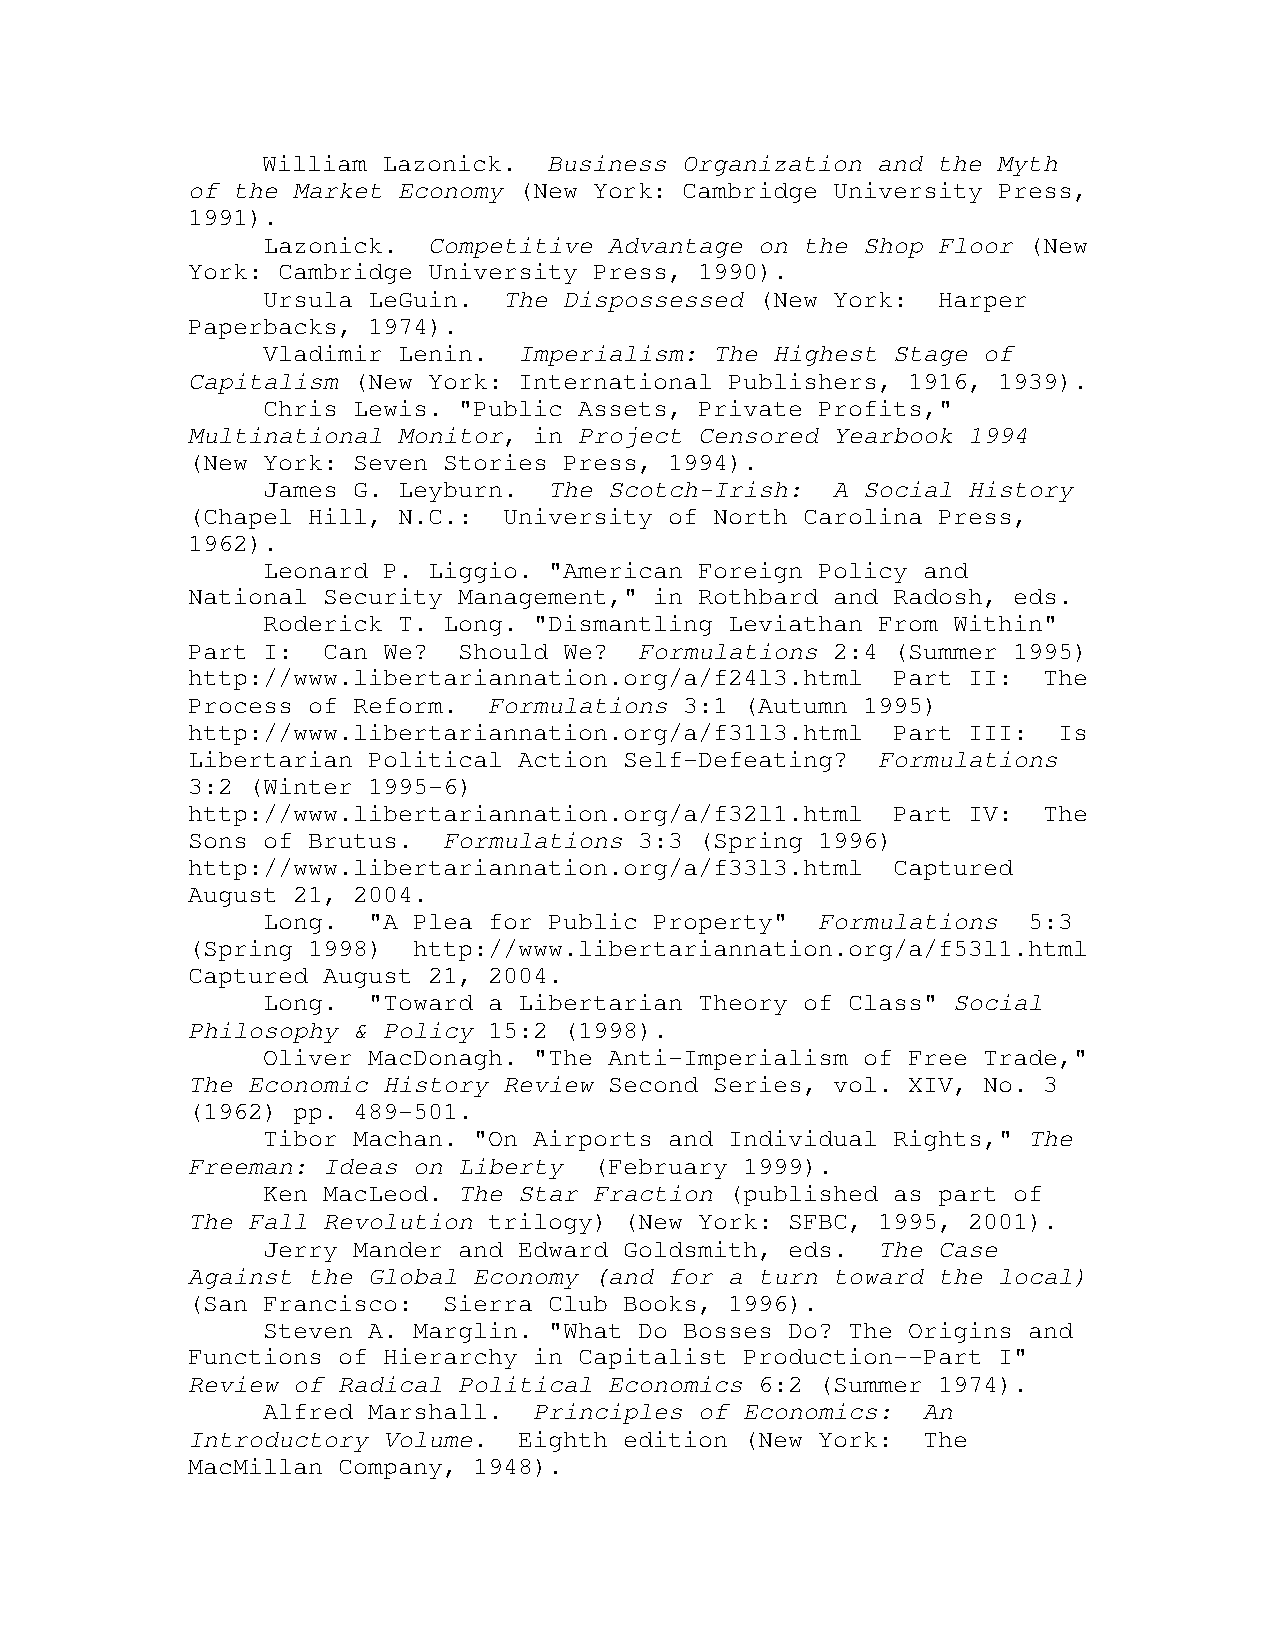
William Lazonick.  Business Organization and the Myth
 of the Market Economy (New York: Cambridge University Press,
 1991).
 Lazonick.  Competitive Advantage on the Shop Floor (New
 York: Cambridge University Press, 1990).
 Ursula LeGuin.  The Dispossessed (New York:  Harper
 Paperbacks, 1974).
 Vladimir Lenin.  Imperialism: The Highest Stage of
 Capitalism (New York: International Publishers, 1916, 1939).
 Chris Lewis. "Public Assets, Private Profits,"
 Multinational Monitor, in Project Censored Yearbook 1994
 (New York: Seven Stories Press, 1994).
 James G. Leyburn.  The Scotch-Irish:  A Social History
 (Chapel Hill, N.C.:  University of North Carolina Press,
 1962).
 Leonard P. Liggio. "American Foreign Policy and
 National Security Management," in Rothbard and Radosh, eds.
 Roderick T. Long. "Dismantling Leviathan From Within"
 Part I:  Can We?  Should We?  Formulations 2:4 (Summer 1995)
 http://www.libertariannation.org/a/f24l3.html  Part II:  The
 Process of Reform.  Formulations 3:1 (Autumn 1995)
 http://www.libertariannation.org/a/f31l3.html  Part III:  Is
 Libertarian Political Action Self-Defeating?  Formulations
 3:2 (Winter 1995-6)
 http://www.libertariannation.org/a/f32l1.html  Part IV:  The
 Sons of Brutus.  Formulations 3:3 (Spring 1996)
 http://www.libertariannation.org/a/f33l3.html  Captured
 August 21, 2004.
 Long.  "A Plea for Public Property"  Formulations  5:3
 (Spring 1998)  http://www.libertariannation.org/a/f53l1.html
 Captured August 21, 2004.
 Long.  "Toward a Libertarian Theory of Class" Social
 Philosophy & Policy 15:2 (1998).
 Oliver MacDonagh. "The Anti-Imperialism of Free Trade,"
 The Economic History Review Second Series, vol. XIV, No. 3
 (1962) pp. 489-501.
 Tibor Machan. "On Airports and Individual Rights," The
 Freeman: Ideas on Liberty  (February 1999).
 Ken MacLeod. The Star Fraction (published as part of
 The Fall Revolution trilogy) (New York: SFBC, 1995, 2001).
 Jerry Mander and Edward Goldsmith, eds.  The Case
 Against the Global Economy (and for a turn toward the local)
 (San Francisco:  Sierra Club Books, 1996).
 Steven A. Marglin. "What Do Bosses Do? The Origins and
 Functions of Hierarchy in Capitalist Production--Part I"
 Review of Radical Political Economics 6:2 (Summer 1974).
 Alfred Marshall.  Principles of Economics:  An
 Introductory Volume.  Eighth edition (New York:  The
 MacMillan Company, 1948).